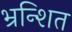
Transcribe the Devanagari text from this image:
भ्रन्शित